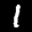
Label: 1